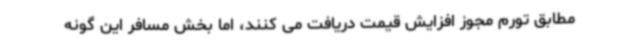
مطابق تورم مجوز افزایش قیمت دریافت می کنند، اما بخش مسافر این گونه